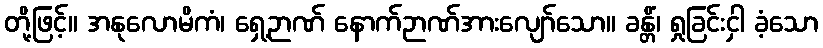
တို့ဖြင့်။ အနုလောမိကံ၊ ရှေ့ဉာဏ် နောက်ဉာဏ်အားလျော်သော။ ခန္တိံ၊ ရှုခြင်းငှါ ခံ့သော